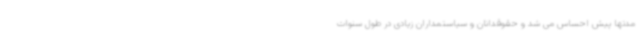
مدتها پیش احساس می شد و حقوقدانان و سیاستمداران زیادی در طول سنوات